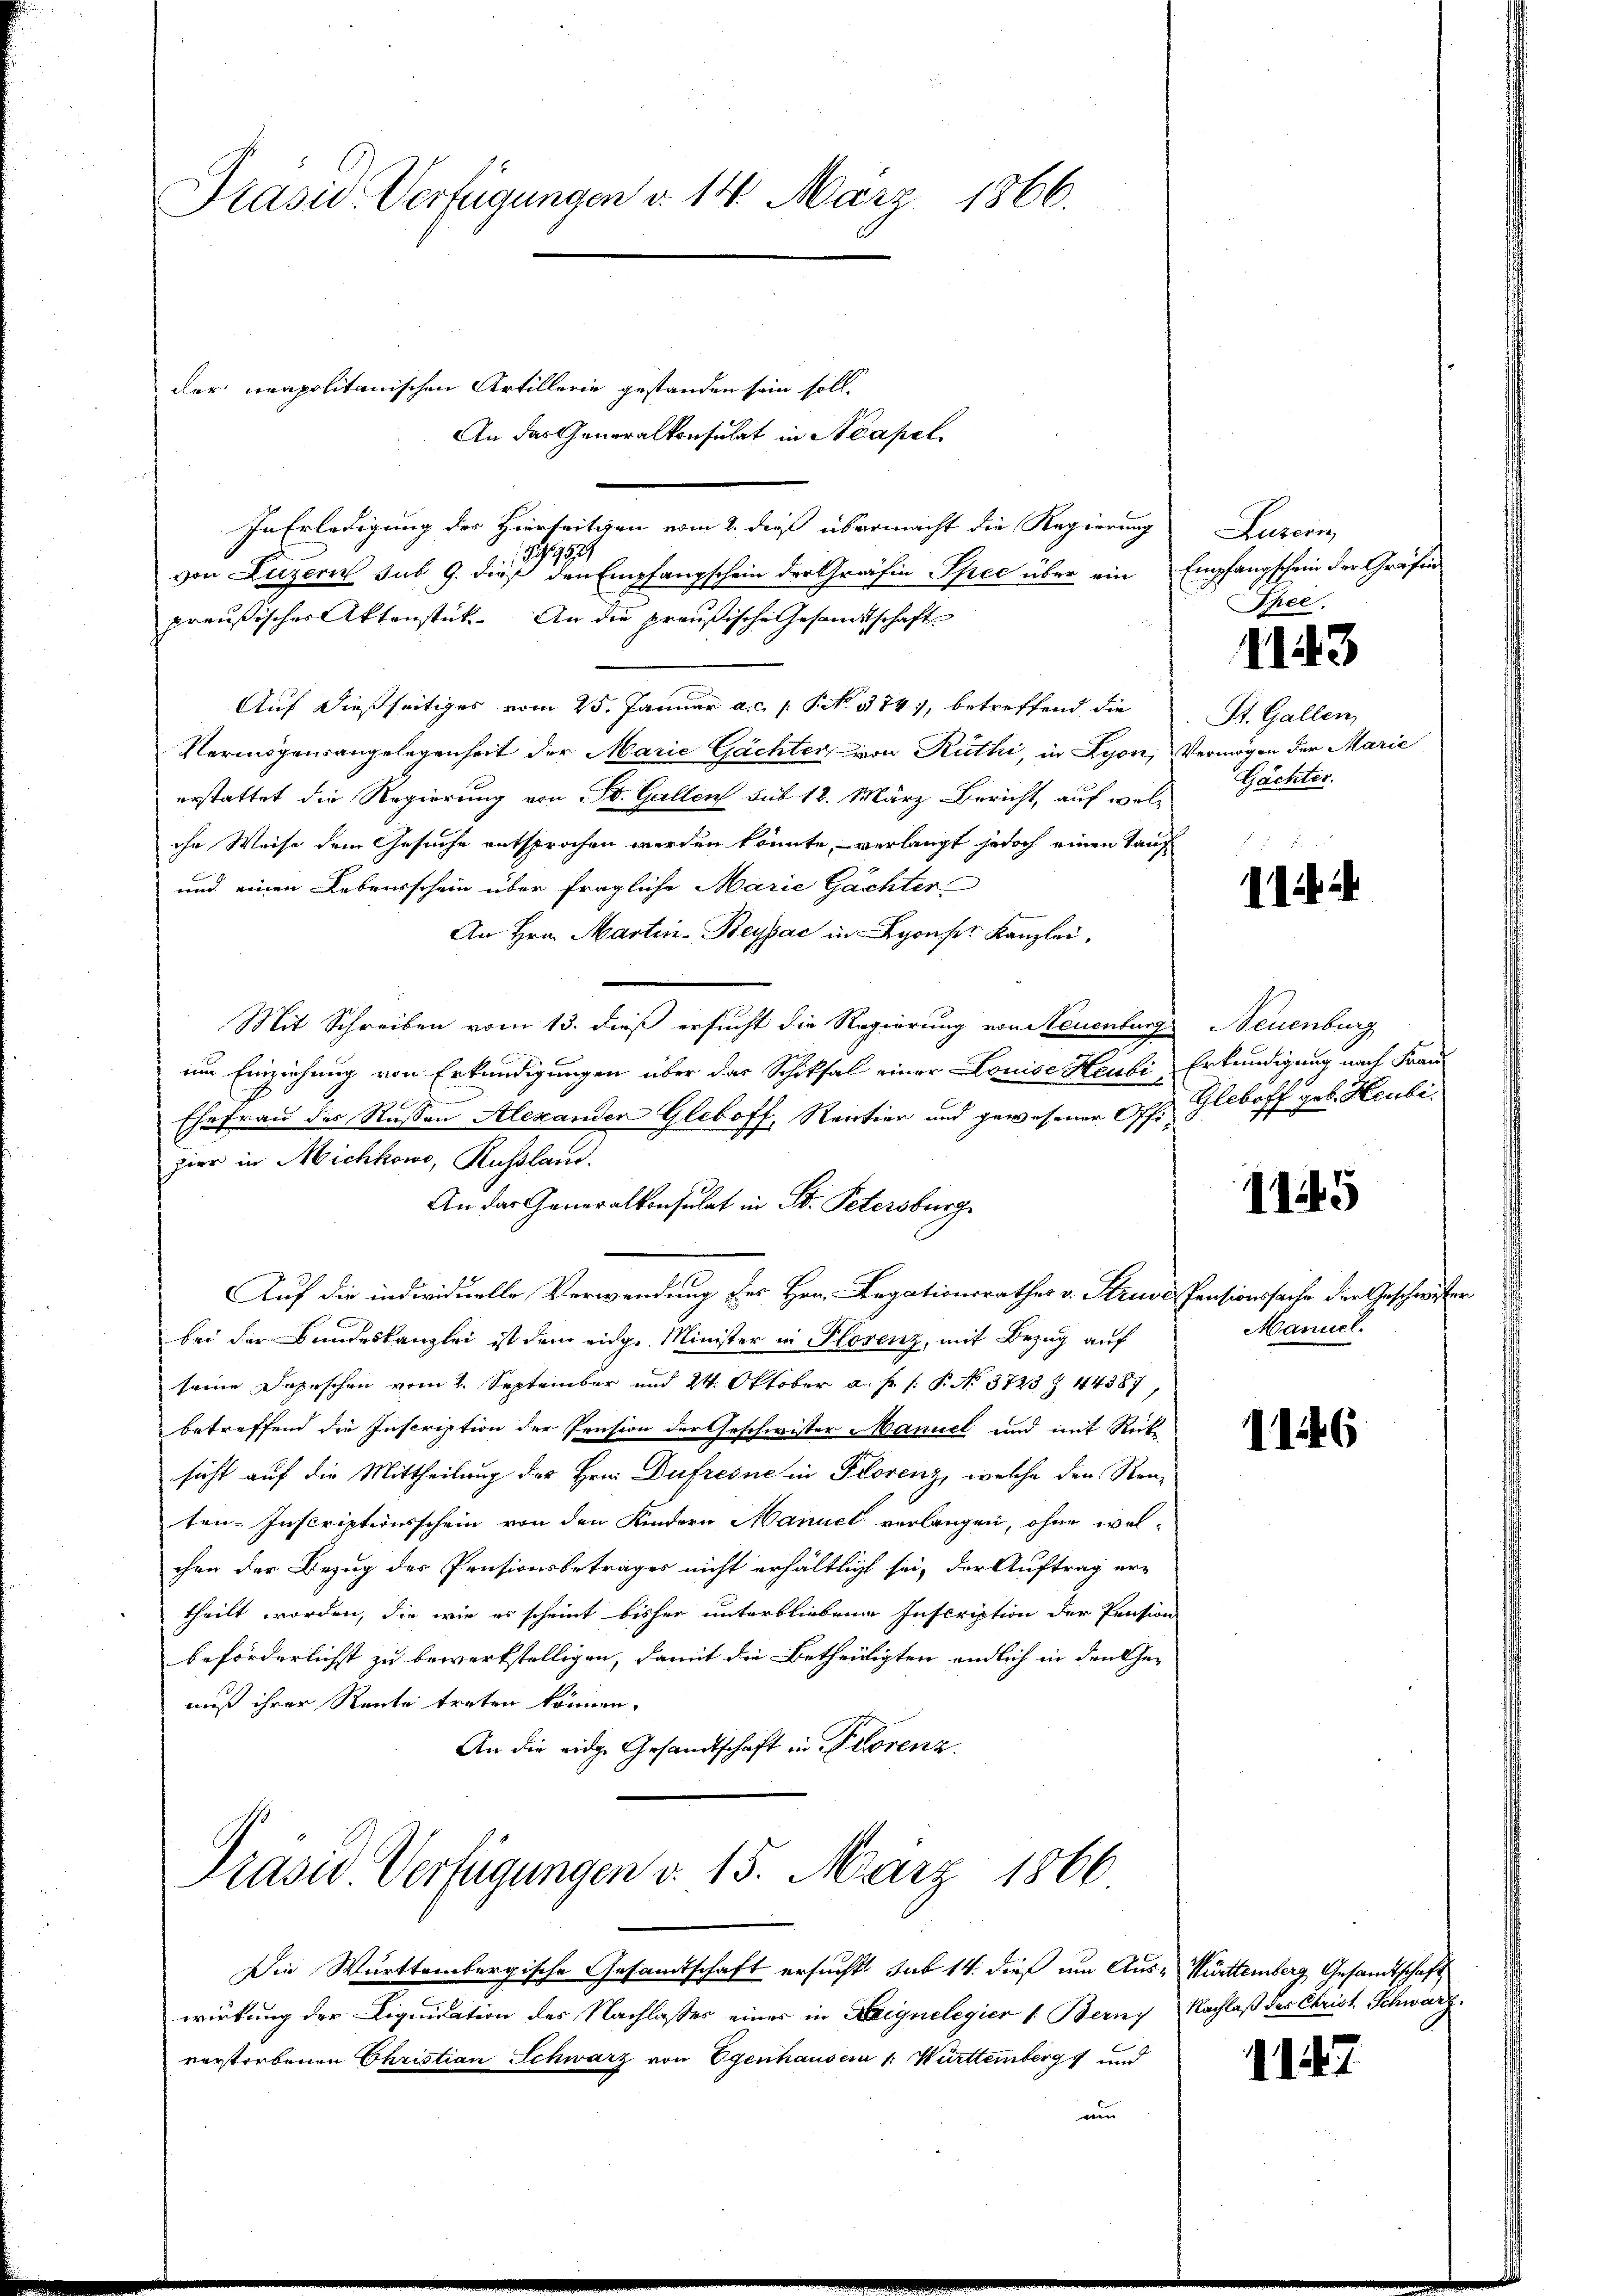
Präsid. Verfügungen d. 14. März 1866.

der neapolitanischen Artillerie gestanden sein soll.
An das Generalkonsulat in Neapel
In Erledigung des Hierseitigen vom 2. dieß übermacht die Regierung
2954
von Luzern sub 9. dieß den Empfangschein der Gräfin Spec über ein Empfangschein der Gräfin
preußisches Aktenstück. An die preußische Gesandtschaft
Auf dießseitiges vom 25. Januar a. c. 1 Pkt. 374), betreffend die
Vermögensangelegenheit der Marie Gächter, von Rüthi, in Lyon, Vermögen der Marie
erstattet die Regierung von St. Gallen sub 18. März Bericht, auf wel-
che Weise dem Gesuche entsprochen werden könnte, – verlangt jedoch einen Tauf
und einen Lebensschein über fragliche Marie Gächter
An Hrn. Martin-Beypac in Lyonser Kanzlei.
Mit Schreiben vom 13. dieß ersucht die Regierung von Neuenburg Neuenburg
um Einziehung von Erkundigungen über das Schiksal einer Louise Heubi, Erkundigung nach Fran
Ehefrau der Rassen Alexanden Gleboff, Rentier und gewesener Off. Gleboff geb. Heubehier in Michhowo, Rußland.
An das Generalkonsulat in St. Petersburg
Auf die individuelle Verwendung des Hrn. Legationsrathes v. Struves Pensionssache der Geschwister
bei der Bundeskanzlei ist dem eige Minister in Plovenz, mit Bezug auf
seine Depeschen vom 2. September und 24. Oktober a. p. 1. P. No. 3723 Z 44387,
betreffend die Inscription der Pension der Geschwister Manuel und mit Rück
sicht auf die Mittheilung des Hrn. Dufresne in Florenz, welche den Konten-Inscriptionsschein von den Kindern Manuel verlangen, ohne welchen der Bezug des Pensionsbetrages nicht erhältlicht sei, der Auftrag er-
theilt worden, die wie es scheint bisher unterbliebene Inscription der Pension
beförderlichst zu bewerkstelligen, damit die Betheiligten endlich in den Geauß ihrer Reute treten können.
An die eidge Gesandtschaft in Florenz.

Prasiv. Verfügungen d. 15. März 1866

Die Württembergische Gesandtschaft ersucht sub 14. dieß um Aus-Württemberg Gesandtschaft
wirkung der Liquidation des Nachlasses eines in Leignelegier 1. Bern, Nachlaß der Christ Schwarze
verstorbenen Christian Schwarz von Egenhausen 1. Württemberg und
nu

Luzern,
Thee.

1143

St. Gallen,
Gächter.

Iich

1145

Manuel.

1146

1147.